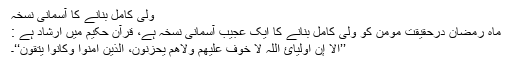
ولیِ کامل بنانے کا آسمانی نسخہ
ماہِ رمضان درحقیقت مومن کو ولی کامل بنانے کا ایک عجیب آسمانی نسخہ ہے، قرآن حکیم میں ارشاد ہے :
’’أَلاَ إِنَّ أَوْلِیَائَ اللّٰہِ لاَ خَوْفٌ عَلَیْھِمْ وَلَاھُمْ یَحْزَنُوْنَ، اَلَّذِیْنَ أٰمَنُوْا وَکَانُوْا یَتَّقُوْنَ‘‘۔